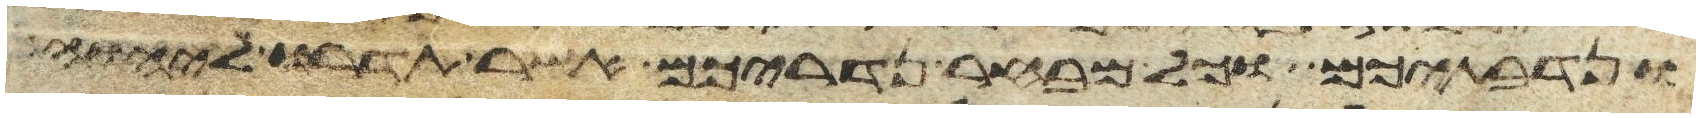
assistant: ונדבתיכם וכל מבחר נדריכם אשר תדרו ליהוה